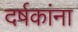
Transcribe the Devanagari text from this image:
दर्षकांना